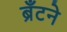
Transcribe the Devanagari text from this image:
ब्रँटने